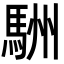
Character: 駲